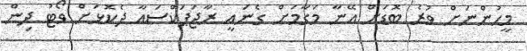
މީހުންނަށް ވުރެ ބޮޑަށް އޭނާ މަގާމަށް ގެނައީ ރާޖަޕަކްސައާ ދެކޮޅަށް ވޯޓު ދިން